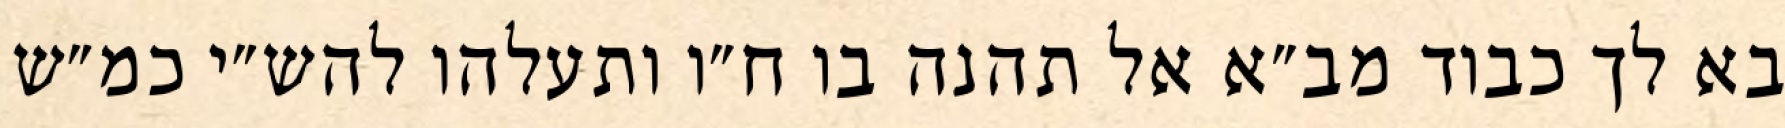
בא לך כבוד מב״א אל תהנה בו ח״ו ותעלהו להש״י כמ״ש